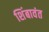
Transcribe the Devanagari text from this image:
शिंबावंत